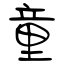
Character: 童